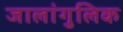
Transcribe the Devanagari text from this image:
जालांगुलिक